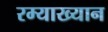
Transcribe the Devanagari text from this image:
रम्याख्यान